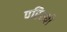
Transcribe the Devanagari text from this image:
परिस्थी